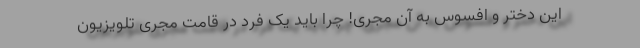
این دختر و افسوس به آن مجری! چرا باید یک فرد در قامت مجری تلویزیون